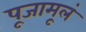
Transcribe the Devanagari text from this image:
पूजामूलं